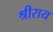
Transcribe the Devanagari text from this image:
श्रीराय